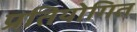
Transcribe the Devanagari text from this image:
प्रतियोगित